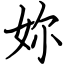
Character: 妳